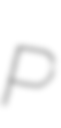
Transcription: P